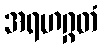
အရဟဂ္ဂတံ